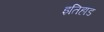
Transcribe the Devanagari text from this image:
इतिहाड